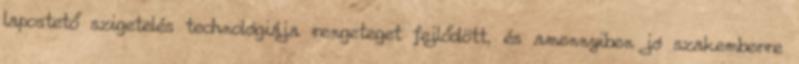
lapostető szigetelés technológiája rengeteget fejlődött, és amennyiben jó szakemberre